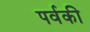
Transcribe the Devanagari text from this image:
पर्वकी